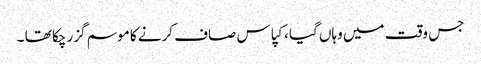
جس وقت میں وہاں گیا ، کپاس صاف کرنے کا موسم گزر چکا تھا ۔